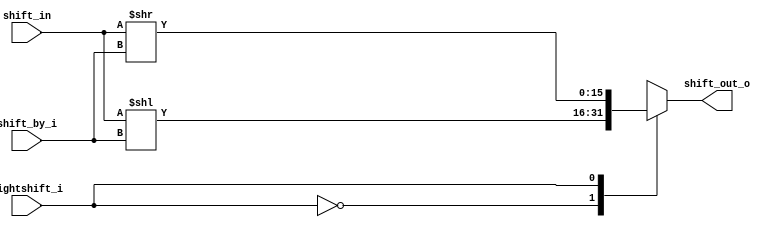
module barrel_shifter#(parameter DSIZE     = 16,
					   parameter SHIFTSIZE = 4)
(shift_in, rightshift_i, shift_by_i, shift_out_o);
   input    [(DSIZE - 1):0]    shift_in     ;
   input                       rightshift_i ;
   input    [(SHIFTSIZE-1):0]  shift_by_i   ;
   output   [(DSIZE - 1):0]    shift_out_o    ;
   reg      [(DSIZE - 1):0]    shift_out_o    ;

   parameter SHIFTLEFT  = 0 ;
   parameter SHIFTRIGHT = 1 ;
   always @ (*)
   begin
	  case(rightshift_i)
		 SHIFTLEFT   :   begin
							shift_out_o[(DSIZE - 1):0] =  shift_in << shift_by_i ;
						 end
		 SHIFTRIGHT  :   begin
							shift_out_o[(DSIZE - 1):0] =  shift_in >> shift_by_i ;
						 end
		default      :   begin
							shift_out_o[(DSIZE - 1):0] =  shift_in ;
						 end
	  endcase
   end
endmodule